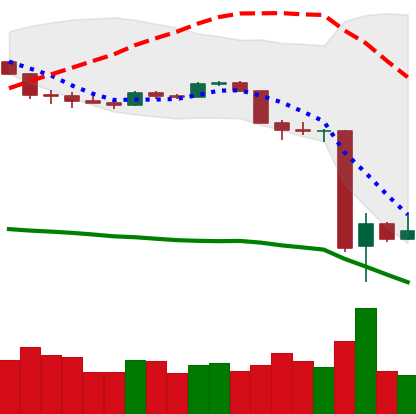
Ticker: BTC-USD
Chart end date: 2020-03-15
Forward return: 14.956%
Label: up_7plus